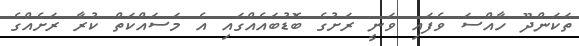
ތަކަންދޫ ހާއްސަ ވެފައި ވަނީ ރަށުގެ ބޮޑުބައެއްގައި އެ މަސައްކަތް ކުރާ ރަށެއްގެ